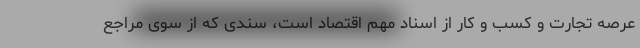
عرصه تجارت و کسب و کار از اسناد مهم اقتصاد است، سندی که از سوی مراجع